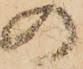
の